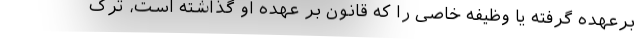
برعهده گرفته یا وظیفه خاصی را که قانون بر عهده او گذاشته است، ترک